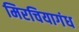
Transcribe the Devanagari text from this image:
मिरचियागंध